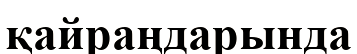
қайраңдарында